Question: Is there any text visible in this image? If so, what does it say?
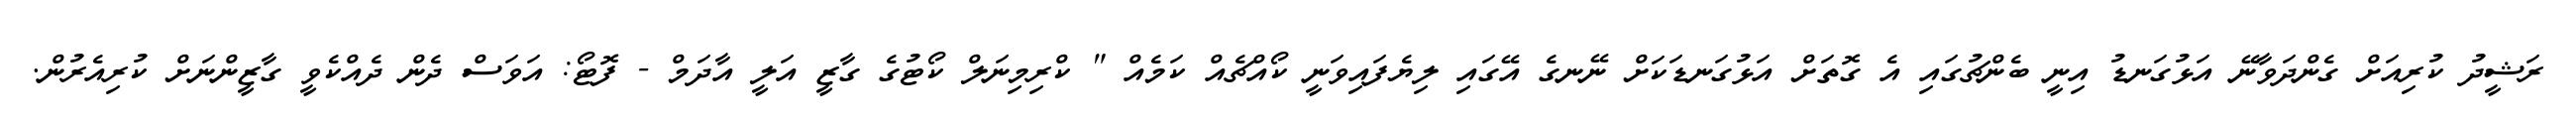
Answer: ރަޝީދު ކުރިއަށް ގެންދަވާނޭ އަޅުގަނޑު އިނީ ބެންޗުގައި އެ ގޮތަށް އަޅުގަނޑަކަށް ނޭނގެ އޭގައި ލިޔެފައިވަނީ ކޯއްޗެއް ކަމެއް " ކްރިމިނަލް ކޯޓުގެ ގާޒީ އަލީ އާދަމް - ފޮޓޯ: އަވަސް ދެން ދެއްކެވީ ގާޒީންނަށް ކުރިއެރުން.